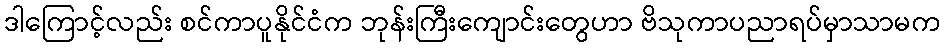
ဒါကြောင့်လည်း စင်ကာပူနိုင်ငံက ဘုန်းကြီးကျောင်းတွေဟာ ဗိသုကာပညာရပ်မှာသာမက